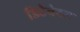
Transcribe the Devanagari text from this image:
डिटैचेबल